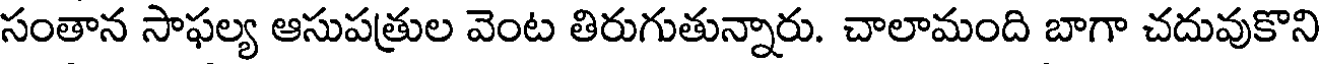
సంతాన సాఫల్య ఆసుపత్రుల వెంట తిరుగుతున్నారు. చాలామంది బాగా చదువుకొని